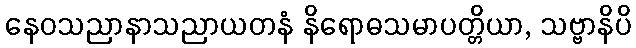
နေဝသညာနာသညာယတနံ နိရောဓသမာပတ္တိယာ, သဗ္ဗာနိပိ